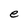
Character: e